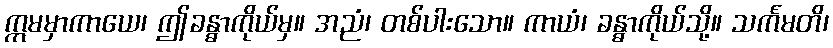
ဣမမှာကာယေ၊ ဤခန္ဓာကိုယ်မှ။ အညံ၊ တစ်ပါးသော။ ကာယံ၊ ခန္ဓာကိုယ်သို့။ သင်္ကမတိ၊